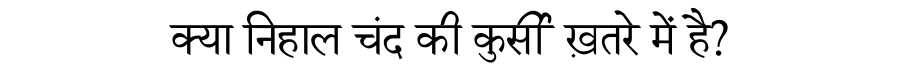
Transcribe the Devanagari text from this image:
क्या निहाल चंद की कुर्सी ख़तरे में है?